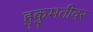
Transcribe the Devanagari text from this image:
हुकुमतीवर